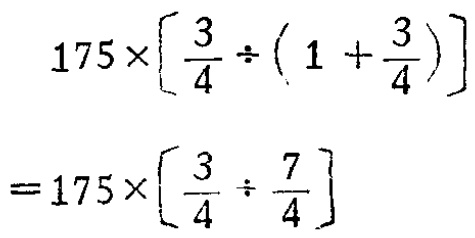
\[

\begin{align*}

&175\times\left[\frac{3}{4}\div\left(1 + \frac{3}{4}\right)\right]\\

=&175\times\left[\frac{3}{4}\div\frac{7}{4}\right]

\end{align*}

\]